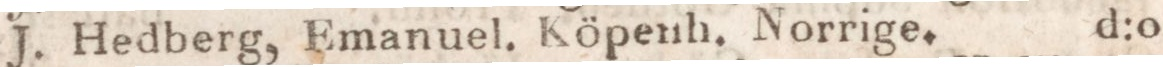
J. Hedberg, Emanuel. Köpenh. Norrige. d:o